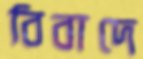
বিবাদে